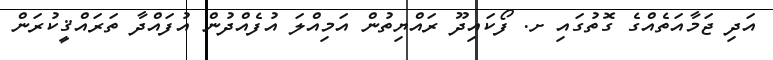
އަދި ޖަމާއަތެއްގެ ގޮތުގައި ށ. ފޯކައިދޫ ރައްޔިތުން އަމިއްލަ އުފެއްދުން އުފައްދާ ތަރައްޤީކުރަން